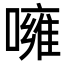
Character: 噰